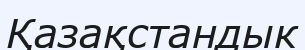
Қазақстандык